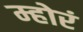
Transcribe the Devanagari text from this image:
म्होरं